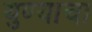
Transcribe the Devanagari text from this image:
युण्याचा